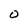
Character: O